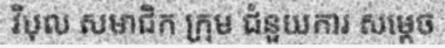
វិបុល សមាជិក ក្រុម ជំនួយការ សម្តេច